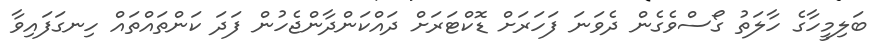
ބަލިމީހާގެ ހާލަތު ގޯސްވެގެން ދެވަނަ ފަހަރަށް ޑޮކްޓަރަށް ދައްކަންދާންޖެހުން ފަދަ ކަންތައްތައް ހިނގަފައިވާ